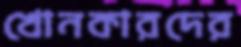
খোনকারদের